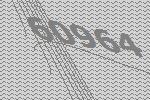
60964